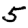
Digit: 5